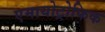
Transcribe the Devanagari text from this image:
एमायोट्रोफिक